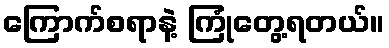
ကြောက်စရာနဲ့ ကြုံတွေ့ရတယ်။